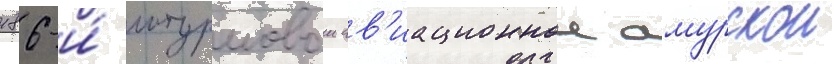
186-и́ штурмовои ав'иационнои амурскои